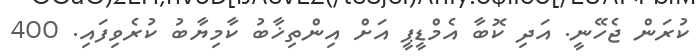
ކުރަން ޖެހޭނީ. އަދި ކޮބާ އެމްޑީޕީ އަށް އިންތިޚާބު ކާމިޔާބު ކުރެވިފައި. 400